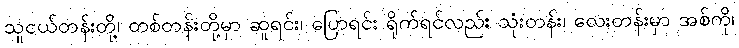
သူငယ်တန်းတို့၊ တစ်တန်းတို့မှာ ဆူရင်း၊ ပြောရင်း ရိုက်ရင်လည်း သုံးတန်း၊ လေးတန်းမှာ အစ်ကို၊